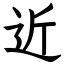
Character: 近